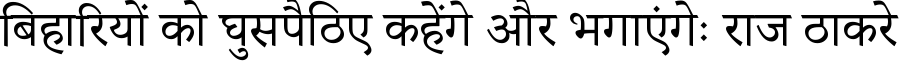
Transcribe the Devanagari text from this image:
बिहारियों को घुसपैठिए कहेंगे और भगाएंगेः राज ठाकरे